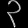
Digit: ၃